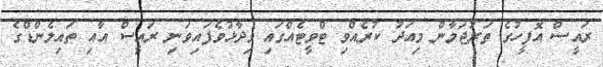
ރައީސް އޮފީހުގެ ތަރުޖަމާން މިއަދު ކުރެއްވި ޓްވީޓެއްގައި ވިދާޅުވެފައިވަނި ރައީސް އާއި ތައިލެންޑްގެ